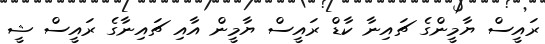
ރައީސް ޔާމީންގެ ޗައިނާ ކާޑް ރައީސް ޔާމީން އާއި ޗައިނާގެ ރައީސް ޝީ